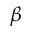
\beta